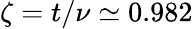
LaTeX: \zeta=t/\nu\simeq 0.982